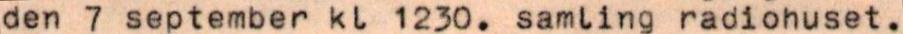
den 7 september kl 1230. samling radiohuset.